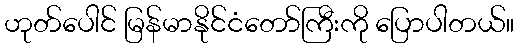
ဟုတ်ပေါင် မြန်မာနိုင်ငံတော်ကြီးကို ပြောပါတယ်။